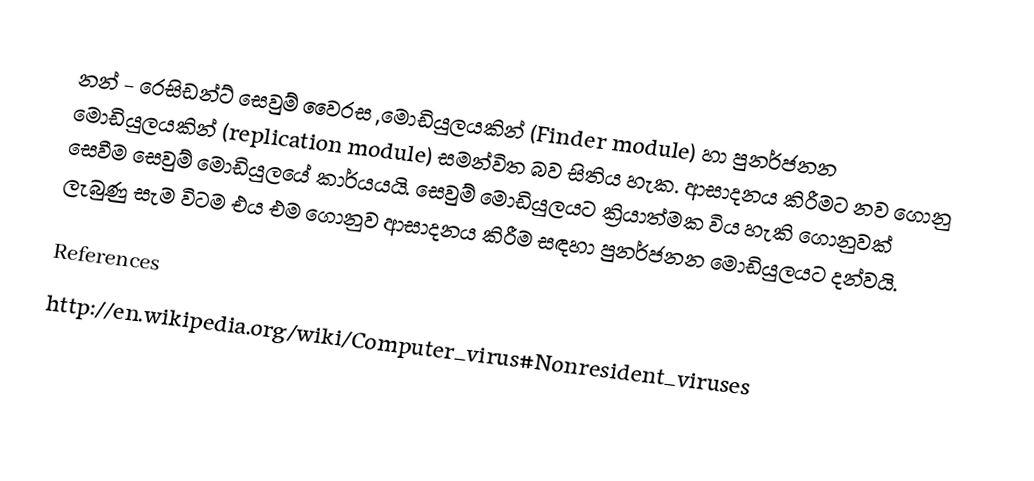
නන් - රෙසිඩන්ට් සෙවුම් වෛරස ,මොඩියුලයකින් (Finder module) හා පුනර්ජනන මොඩියුලයකින් (replication module) සමන්විත බව සිතිය හැක. ආසාදනය කිරීමට නව ගොනු සෙවීම සෙවුම් මොඩියුලයේ කාර්යයයි. සෙවුම් මොඩියුලයට ක්‍රියාත්මක විය හැකි ගොනුවක් ලැබුණු සැම විටම එය එම ගොනුව ආසාදනය කිරීම සඳහා පුනර්ජනන මොඩියුලයට දන්වයි.

References
http://en.wikipedia.org/wiki/Computer_virus#Nonresident_viruses